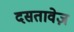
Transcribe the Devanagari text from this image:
दसतावेज़